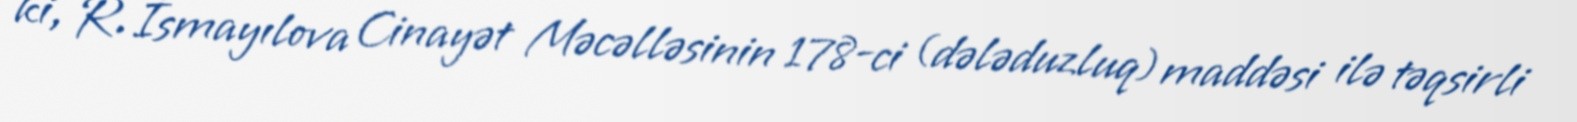
ki, R. İsmayılova Cinayət Məcəlləsinin 178-ci (dələduzluq) maddəsi ilə təqsirli